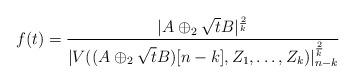
LaTeX: \begin{align*}f(t)=\frac{|A\oplus_2 \sqrt{t}B|^{\frac{2}{k}}}{|V((A \oplus_2 \sqrt{t}B)[n-k],Z_1, \dots, Z_k)|^{\frac{2}{k}}_{n-k}}\end{align*}